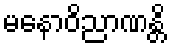
မနောဝိညာဏန္တိ